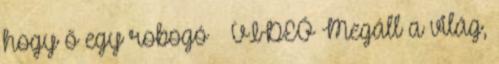
hogy ő egy robogó – VIDEÓ Megáll a világ,